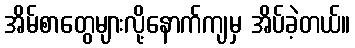
အိမ်စာတွေများလို့နောက်ကျမှ အိပ်ခဲ့တယ်။